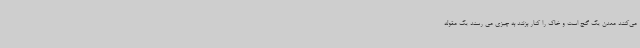
می‌کنند معدن یک گنج است و خاک را کنار بزنند به چیزی می رسند یک مقوله